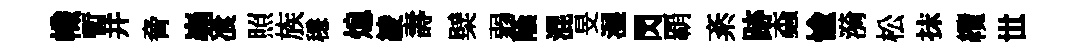
幟暫井脅嶤飡照族穩熄綾壽檗弱蔭混旻湿閃覇紊跡螙愉漪松抹纜𠀍